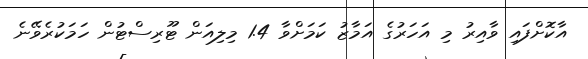
އާކޮށްފައި ވާއިރު މި އަހަރުގެ އަމާޒު ކަމަށްވާ 1.4 މިލިއަން ޓޫރިސްޓުން ހަމަކުރެވޭނެ